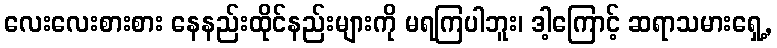
လေးလေးစားစား နေနည်းထိုင်နည်းများကို မရကြပါဘူး၊ ဒါ့ကြောင့် ဆရာသမားရှေ့,